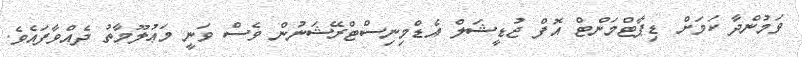
ވަމުންދާ ކަމަށް ޑިޕާޓްމަންޓް އޮފް ޖުޑީޝަލް އެޑްމިނިސްޓްރޭޝަނުން ވެސް ވަނީ މަޢުލޫމާތު ދެއްވާފައެވެ.